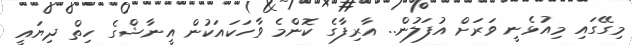
މިގޭގައި މިއުޅެނީ ވަރަށް އުފަލުން.. އާރިފާގެ ކޮންމެ ވާހަކައަކުން އީނާޝްގެ ހިތް ދިޔައީ